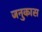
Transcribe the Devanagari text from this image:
जनुकास